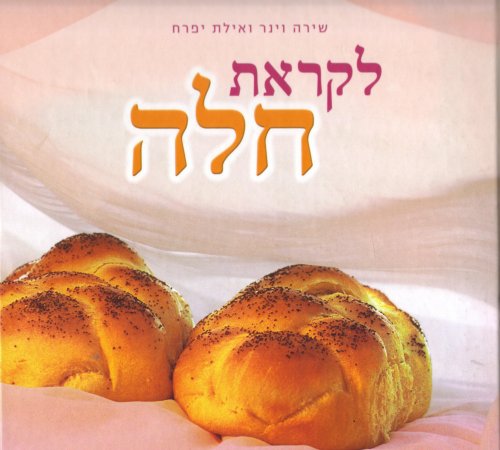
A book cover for The Secret of Challah Likrat Challah (Hebrew Edition); Shira Wiener and Ayelet Yifrach; Cookbooks, Food & Wine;